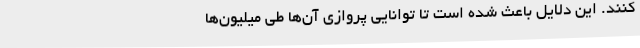
کنند. این دلایل باعث شده است تا توانایی پروازی آن‌ها طی میلیون‌ها